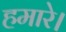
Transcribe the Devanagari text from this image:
हमारे।